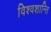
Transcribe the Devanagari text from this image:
विश्वशान्ति